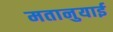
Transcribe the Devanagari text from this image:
मतानुयाई